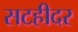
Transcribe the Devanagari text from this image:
सटहीदर